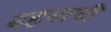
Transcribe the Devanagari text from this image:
दहनाची